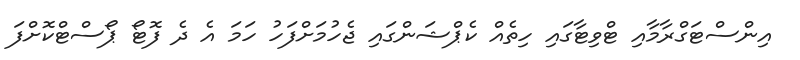
އިންސްޓަގްރާމާއި ޓްވިޓާގައި ހިތެއް ކެޕްޝަންގައި ޖެހުމަށްފަހު ހަމަ އެ ދެ ފޮޓޯ ޕޯސްޓްކޮށްފަ